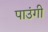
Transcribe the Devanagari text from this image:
पाउंगी